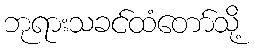
ဘုရားသခင်ထံတော်သို့